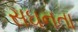
સઘનતા